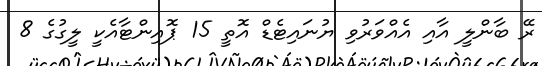
ރޭ ބާންލީ އާއި އެއްވަރުވި ޔުނައިޓެޑް އޮތީ 15 ޕޮއިންޓާއެކީ ލީގުގެ 8